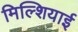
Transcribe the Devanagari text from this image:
मिल्शियाई